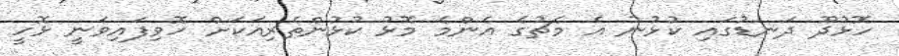
ހޮޅުދޫ ދަނޑުގައި ކުޅުނު އެ މެޗުގެ އެންމެ މޮޅު ކުޅުންތެރިއަކަށް ހޮވިފައިވަނީ ޅޮހީ